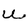
Character: u